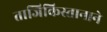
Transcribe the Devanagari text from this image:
ताजिकिस्तानाने